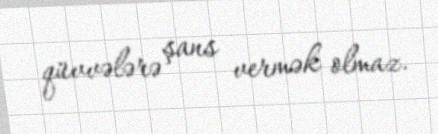
qüvvələrə şans vermək olmaz.